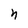
Character: n